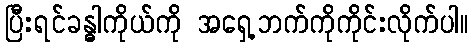
ပြီးရင်ခန္ဓါကိုယ်ကို အရှေ့ဘက်ကိုကိုင်းလိုက်ပါ။